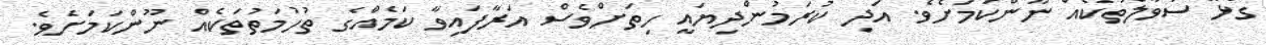
ގުޅޭ ސުވާލްތަކެއް ނޫންކަމަށެވެ. އަދި ކުރަމުންދިޔައީ ހިތަށްވެސް އަރާފައިވާ ކަމެއްގެ ތުހުމަތުތަކެއް ނޫންކަމަށެވެ.